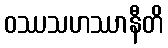
ဝဿသဟဿာနီတိ